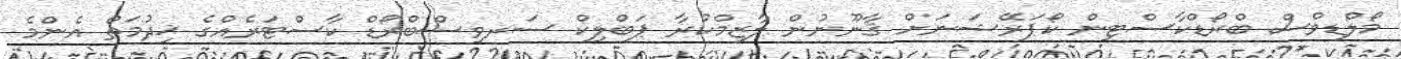
މޯލްޑިވްސް ބްރޯޑްކާސްޓިން ކޯޕަރޭޝަނަށް ޤާނޫނުން ލާޒިމްކުރާ ޕަބްލިކް ސަރވިސްބްރޯޑް ކާސްޓަރެއްގެ ޚިދުމަތް އެންމެ